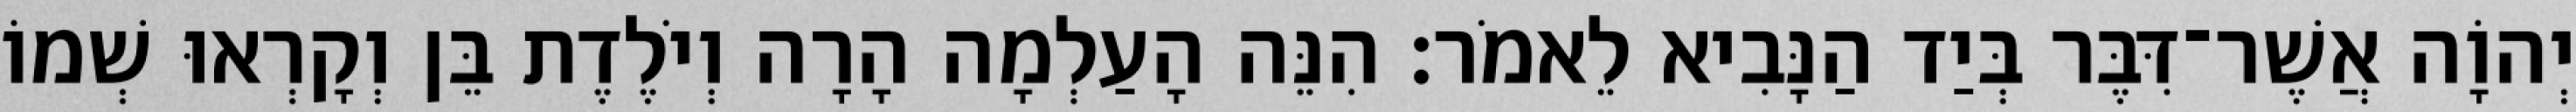
יְהוָֹה אֲשֶׁר־דִּבֶּר בְּיַד הַנָּבִיא לֵאמֹר׃ הִנֵּה הָעַלְמָה הָרָה וְיֹלֶדֶת בֵּן וְקָרְאוּ שְׁמוֹ